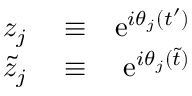
\begin{array} { r l r } { z _ { j } } & { { } \equiv } & { \mathrm { e } ^ { i \theta _ { j } ( t ^ { \prime } ) } } \\ { \tilde { z } _ { j } } & { { } \equiv } & { \mathrm { e } ^ { i \theta _ { j } ( \tilde { t } ) } } \end{array}